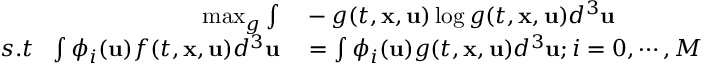
\begin{array} { r l } { \operatorname* { m a x } _ { g } \int } & { { } - g ( t , \mathbf { x } , \mathbf { u } ) \log g ( t , \mathbf { x } , \mathbf { u } ) d ^ { 3 } \mathbf { u } } \\ { s . t \ \ \int \phi _ { i } ( \mathbf { u } ) f ( t , \mathbf { x } , \mathbf { u } ) d ^ { 3 } \mathbf { u } } & { { } = \int \phi _ { i } ( \mathbf { u } ) g ( t , \mathbf { x } , \mathbf { u } ) d ^ { 3 } \mathbf { u } ; i = 0 , \cdots , M } \end{array}